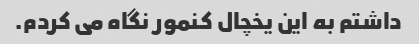
داشتم به این یخچال کنمور نگاه می کردم.